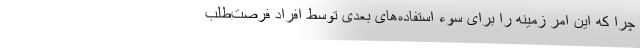
چرا که این امر زمینه را برای سوء استفاده‌های بعدی توسط افراد فرصت‌طلب